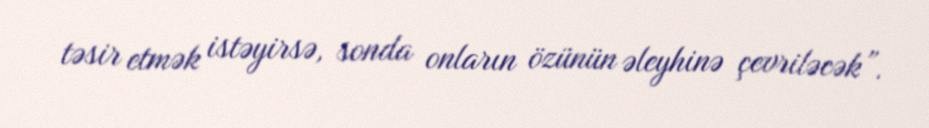
təsir etmək istəyirsə, sonda onların özünün əleyhinə çevriləcək”.